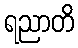
ရညာတိ